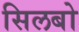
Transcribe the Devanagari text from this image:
सिलबो